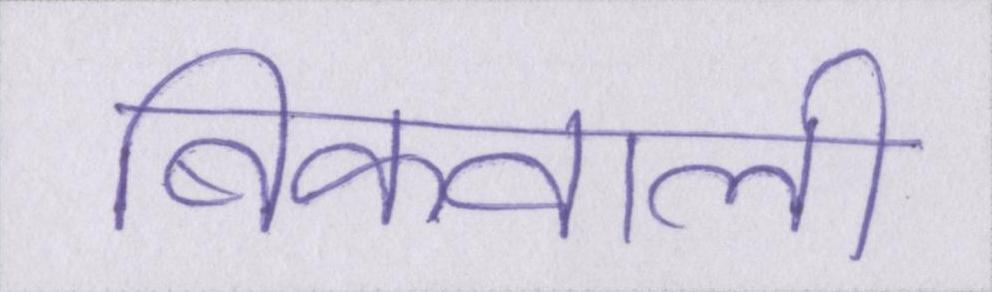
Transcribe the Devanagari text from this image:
बिकवाली